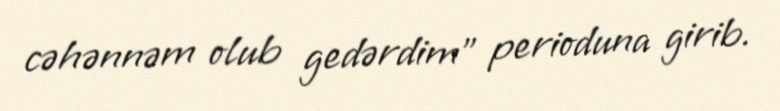
cəhənnəm olub gedərdim” perioduna girib.